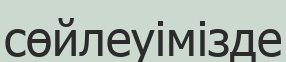
сөйлеуімізде